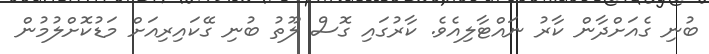
ބުނި ގެއަށްދާން ކާރު ނައްޓާލިއެވެ. ކާރުގައި ގޮސް ލޫތު ބުނި ގޭކައިރިއަށް މަޑުކޮށްލުމުން